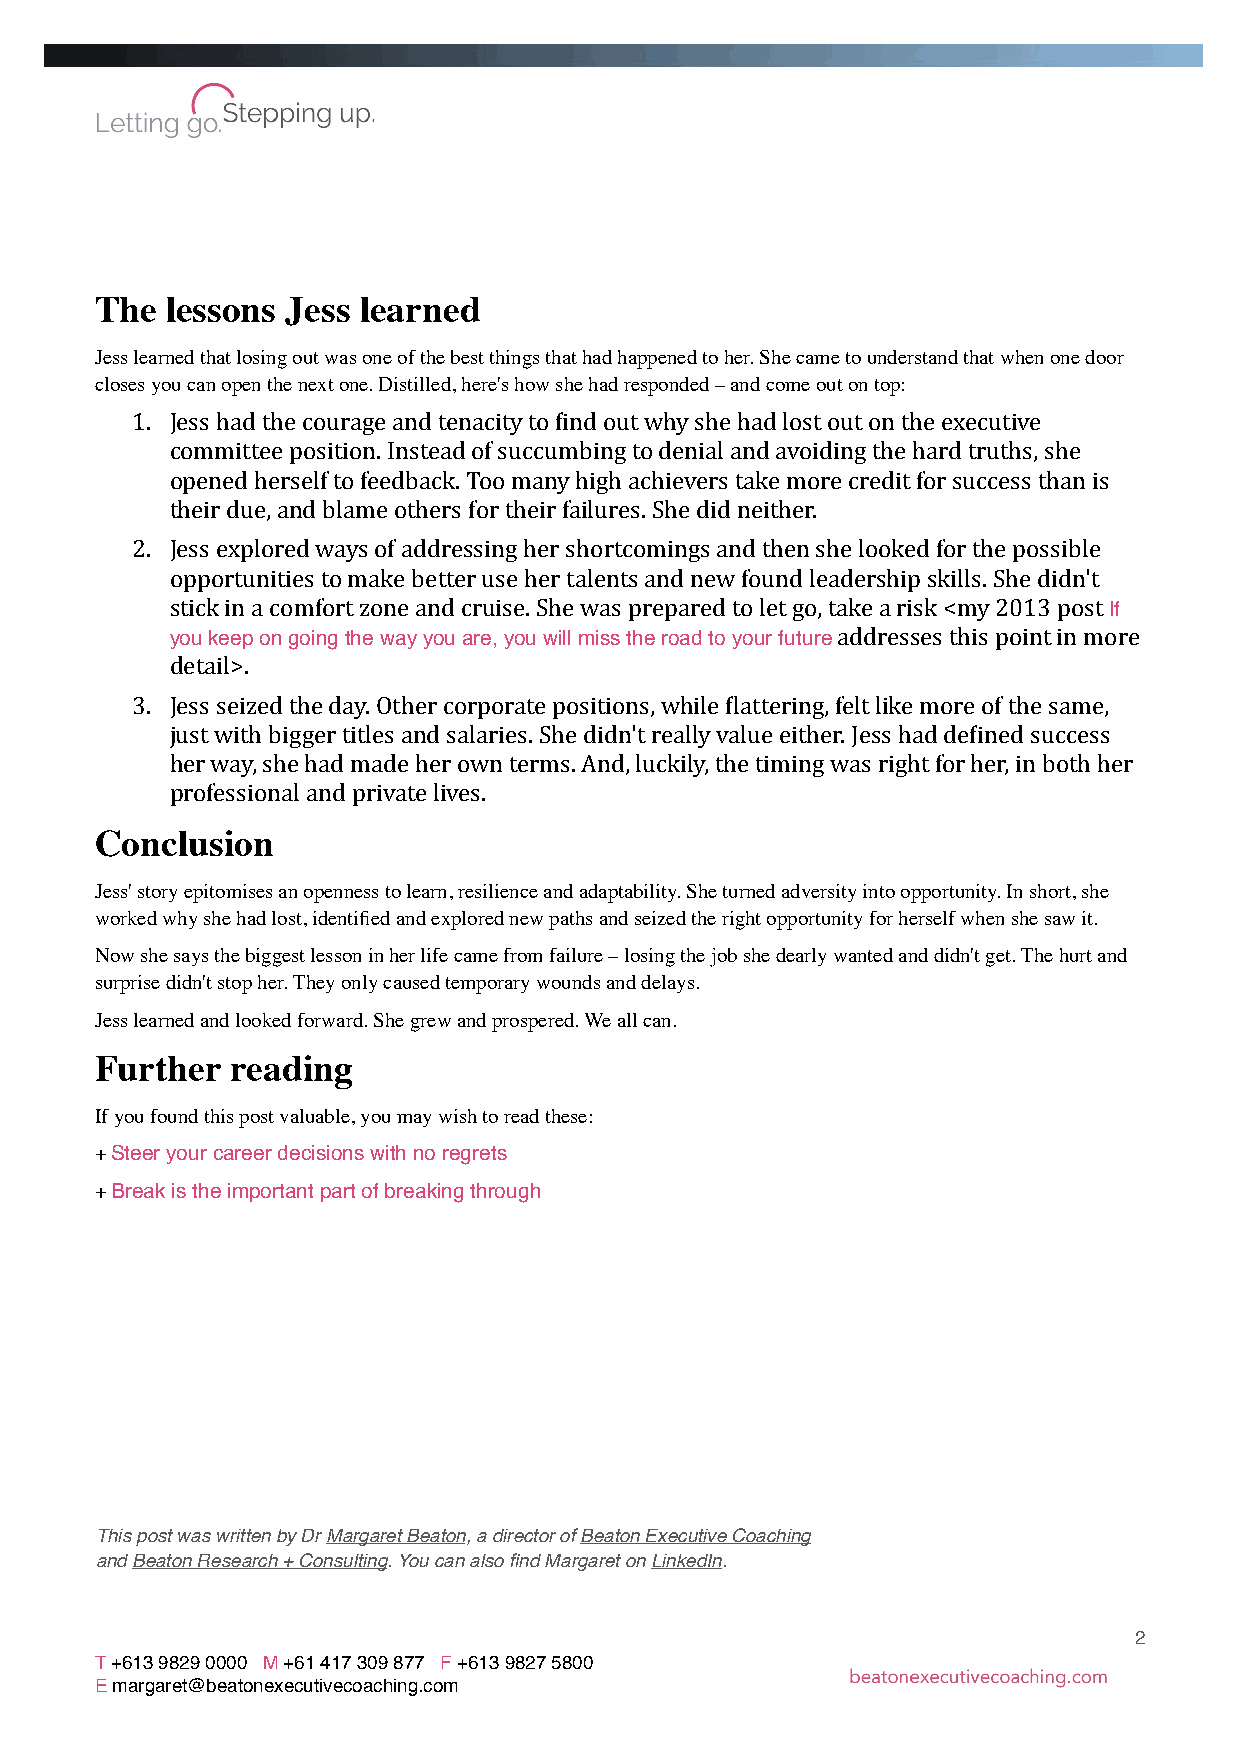
The  lessons Jess learned
 Jess learned that losing out was one of the best things that had happened to her. She came to understand that when one door
 closes you can open the next one. Distilled, here's how she had responded – and come out on top:
 1. Jess had the courage and tenacity to 3ind out why she had lost out on the executive
 committee position. Instead of succumbing to denial and avoiding the hard truths, she
 opened herself to feedback. Too many high achievers take more credit for success than is
 their due, and blame others for their failures. She did neither.
 2. Jess explored ways of addressing her shortcomings and then she looked for the possible
 opportunities to make better use her talents and new found leadership skills. She didn't
 stick in a comfort zone and cruise. She was prepared to let go, take a risk <my 2013 post If
 you keep on going the way you are, you will miss the road to your future addresses this point in more
 detail>.
 3. Jess seized the day. Other corporate positions, while 3lattering, felt like more of the same,
 just with bigger titles and salaries. She didn't really value either. Jess had de3ined success
 her way, she had made her own terms. And, luckily, the timing was right for her, in both her
 professional and private lives.
 Conclusion
 Jess' story epitomises an openness to learn, resilience and adaptability. She turned adversity into opportunity. In short, she
 worked why she had lost, identified and explored new paths and seized the right opportunity for herself when she saw it.
 Now she says the biggest lesson in her life came from failure – losing the job she dearly wanted and didn't get. The hurt and
 surprise didn't stop her. They only caused temporary wounds and delays.
 Jess learned and looked forward. She grew and prospered. We all can.
 Further  reading
 If you found this post valuable, you may wish to read these:
 + Steer your career decisions with no regrets
 + Break is the important part of breaking through
 This post was written by Dr Margaret Beaton, a director of Beaton Executive Coaching
 and Beaton Research + Consulting. You can also find Margaret on LinkedIn.
 2
 T +613 9829 0000 M +61 417 309 877 F +613 9827 5800
 E margaret@beatonexecutivecoaching.com